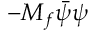
- M _ { f } \bar { \psi } \psi